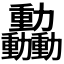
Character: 𫦿